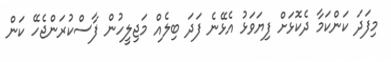
މިފަދަ ކަންކަމާ ދެކޮޅަށް ފިޔަވަޅު އެޅޭނެ ފަދަ ބިލެއް މަޖިލީހުން ފާސްކުރަންޖެހޭ ކަން